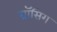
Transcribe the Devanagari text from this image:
ग्रॉसिग